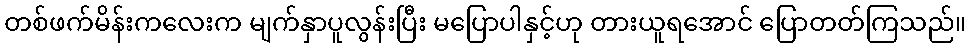
တစ်ဖက်မိန်းကလေးက မျက်နှာပူလွန်းပြီး မပြောပါနှင့်ဟု တားယူရအောင် ပြောတတ်ကြသည်။